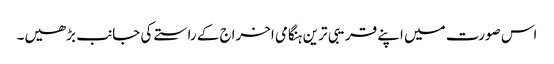
اس صورت میں اپنے قریبی ترین ہنگامی اخراج کے راستے کی جانب بڑھیں۔